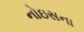
નોઇસના